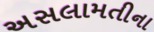
અસલામતીના